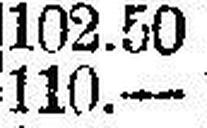
110.—